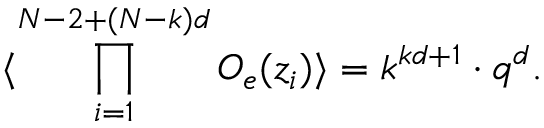
\langle \prod _ { i = 1 } ^ { N - 2 + ( N - k ) d } { \cal O } _ { e } ( z _ { i } ) \rangle = k ^ { k d + 1 } \cdot q ^ { d } .